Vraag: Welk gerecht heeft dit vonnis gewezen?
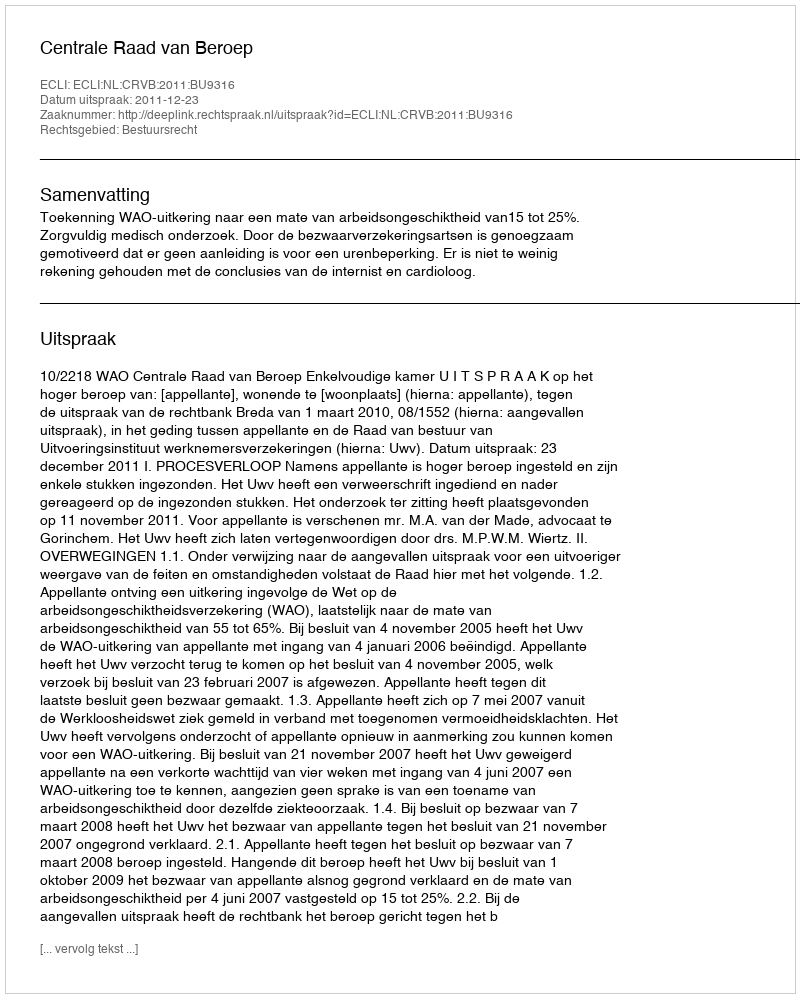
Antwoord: Centrale Raad van Beroep